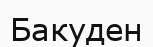
Бакуден